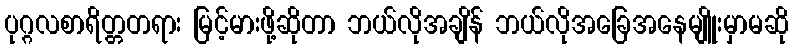
ပုဂ္ဂလစာရိတ္တတရား မြင့်မားဖို့ဆိုတာ ဘယ်လိုအချိန် ဘယ်လိုအခြေအနေမျိူးမှာမဆို